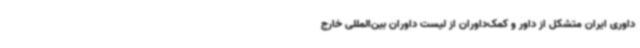
داوری ایران متشکل از داور و کمک‌داوران از لیست داوران بین‌المللی خارج